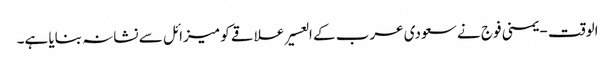
الوقت - یمنی فوج نے سعودی عرب کے العسیر علاقے کو میزائل سے نشانہ بنایا ہے۔